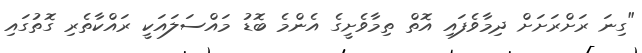
"ގިނަ ރަށްރަށަށް ދިމާވެފައި އޮތް ތިމާވެށީގެ އެންމެ ބޮޑު މައްސަލައަކީ ރައްކާތެރި ގޮތުގައި